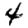
Digit: 4